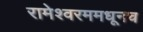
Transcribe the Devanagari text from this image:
रामेश्वरममधूनच